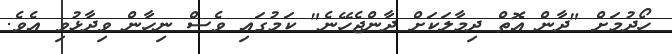
ހޯދުމަށް "ދާން އޮތް ދިމާލަކަށް ދާންޖެހޭނެ" ކަމުގައި ވެސް ނިހާން ވިދާޅުވި އެވެ.